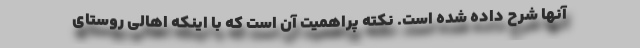
آنها شرح داده شده است. نکته پراهمیت آن است که با اینکه اهالی روستای